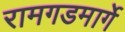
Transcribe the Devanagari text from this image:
रामगडमार्गे